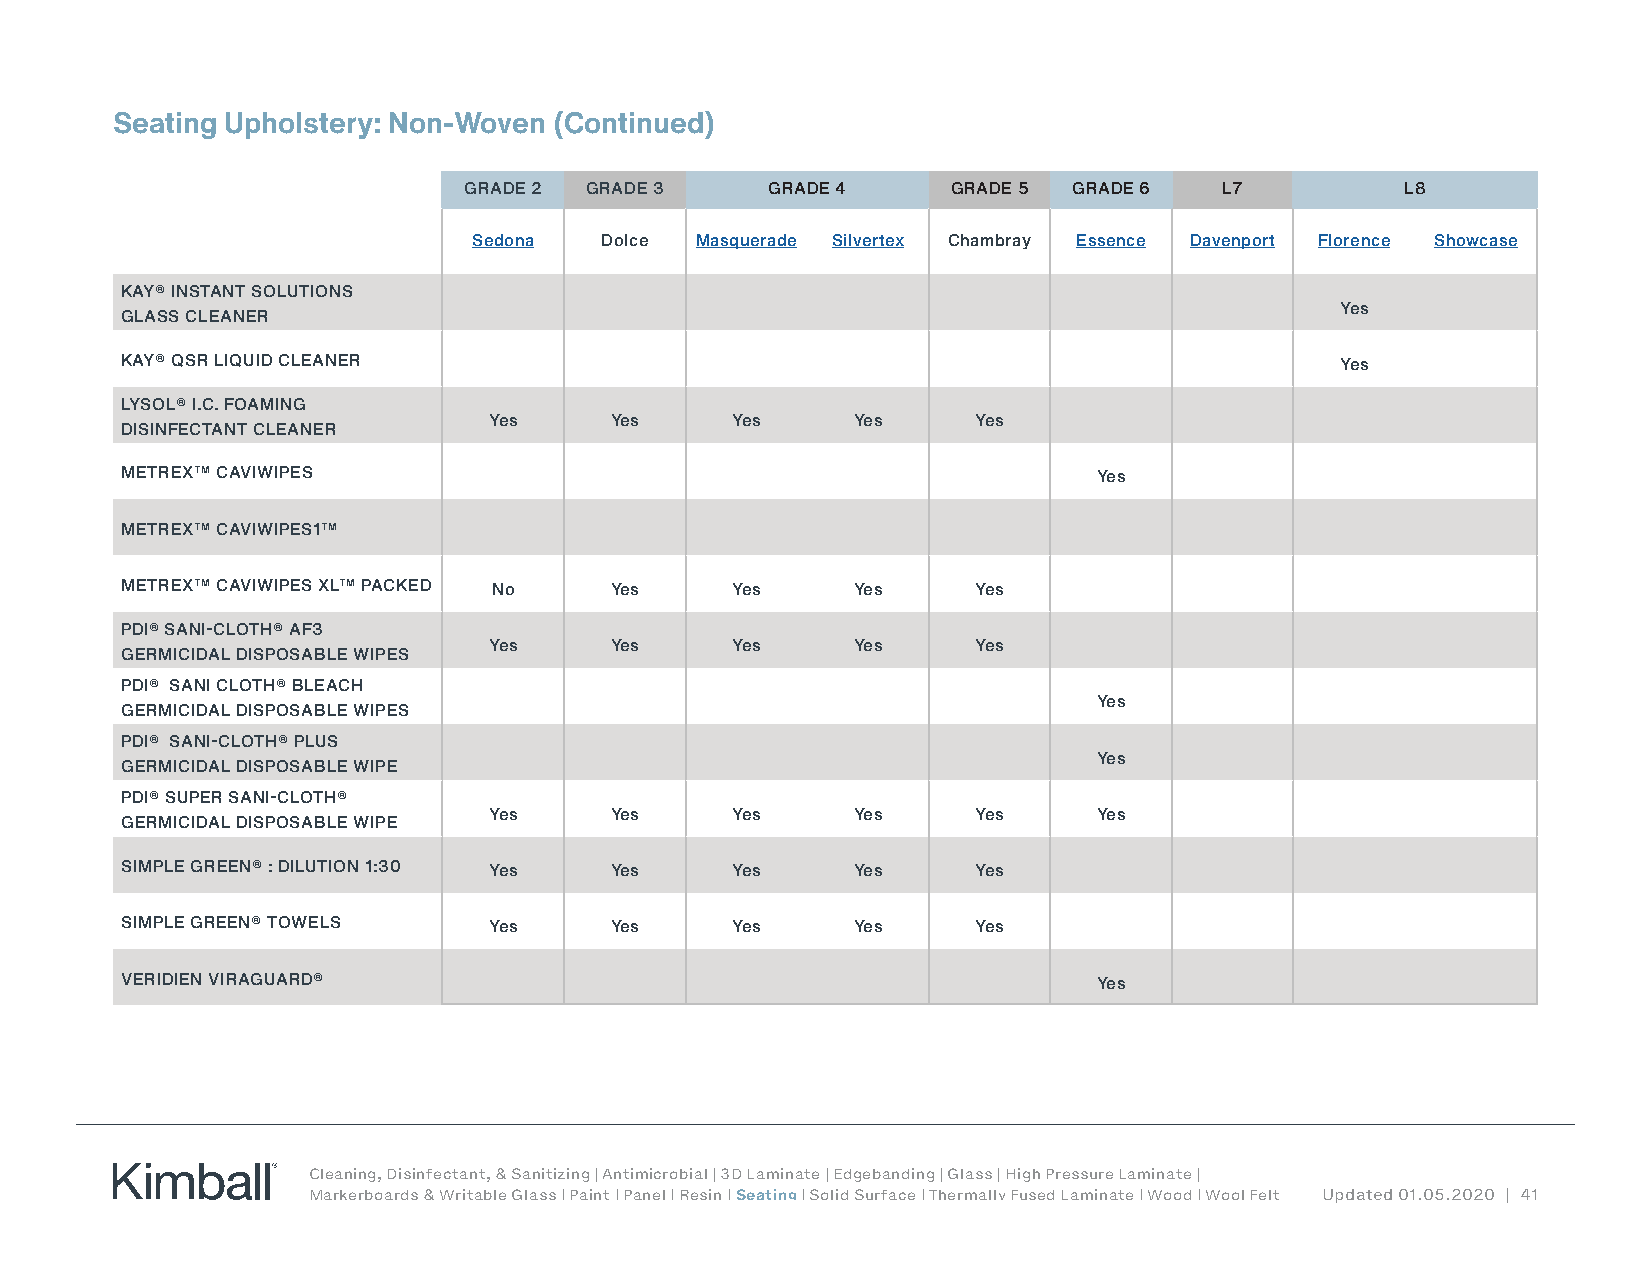
Seating Upholstery: Non-Woven (Continued)
 GRADE 2 GRADE 3     GRADE 4     GRADE 5 GRADE 6   L7          L8
 Sedona   Dolce Masquerade Silvertex Chambray Essence Davenport Florence Showcase
 KAY® INSTANT SOLUTIONS
 Yes
 GLASS CLEANER
 KAY® QSR LIQUID CLEANER                                                          Yes
 LYSOL® I.C. FOAMING
 Yes     Yes     Yes     Yes      Yes
 DISINFECTANT CLEANER
 METREX™ CAVIWIPES                                                Yes
 METREX™ CAVIWIPES1™
 METREX™ CAVIWIPES XL™ PACKED No Yes     Yes     Yes      Yes
 PDI® SANI-CLOTH® AF3
 Yes     Yes     Yes     Yes      Yes
 GERMICIDAL DISPOSABLE WIPES
 PDI® SANI CLOTH® BLEACH
 Yes
 GERMICIDAL DISPOSABLE WIPES
 PDI® SANI-CLOTH® PLUS
 Yes
 GERMICIDAL DISPOSABLE WIPE
 PDI® SUPER SANI-CLOTH®
 Yes     Yes     Yes     Yes      Yes     Yes
 GERMICIDAL DISPOSABLE WIPE
 SIMPLE GREEN® : DILUTION 1:30 Yes Yes   Yes     Yes      Yes
 SIMPLE GREEN® TOWELS    Yes     Yes     Yes     Yes      Yes
 VERIDIEN VIRAGUARD®                                              Yes
 Cleaning, Disinfectant, & Sanitizing | Antimicrobial | 3D Laminate | Edgebanding | Glass | High Pressure Laminate |
 Markerboards & Writable Glass | Paint | Panel | Resin | Seating | Solid Surface | Thermally Fused Laminate | Wood | Wool Felt Updated 01.05.2020 | 41